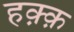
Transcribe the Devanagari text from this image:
हक़्क़